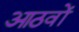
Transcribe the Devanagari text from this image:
आठवों